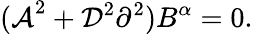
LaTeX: {(\cal A}^{2}+{\cal D}^{2}\partial^{2})B^{\alpha}=0.